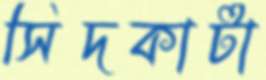
সিঁদকাটা